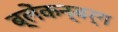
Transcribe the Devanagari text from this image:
ब्लेंकन्बर्ग